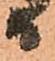
日